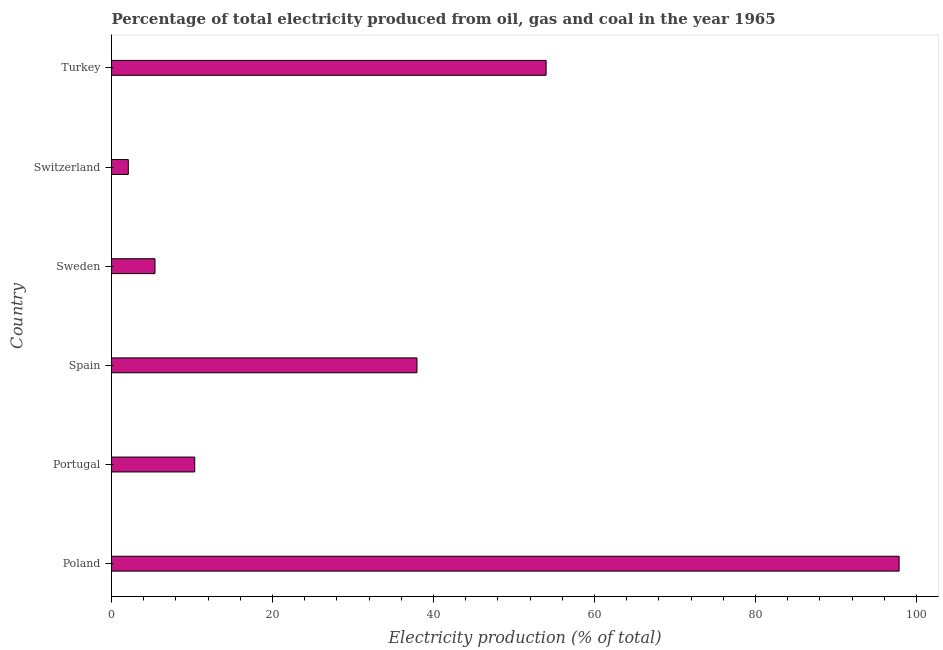
| Country | Electricity production |
 | --- | --- |
 | Poland | 97.8 |
 | Portugal | 10.3 |
 | Spain | 37.9 |
 | Sweden | 5.4 |
 | Switzerland | 2.08 |
 | Turkey | 54 |